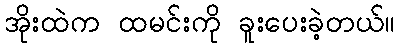
အိုးထဲက ထမင်းကို ခူးပေးခဲ့တယ်။